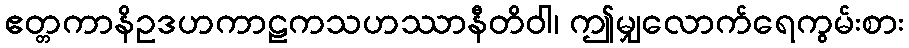
ဧတ္တကာနိဥဒဟကာဠကသဟဿာနီတိဝါ၊ ဤမျှလောက်ရေကွမ်းစား